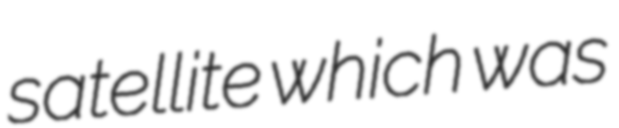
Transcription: satellite which was